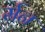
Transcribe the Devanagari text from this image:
र्मन